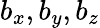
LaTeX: b_{x},b_{y},b_{z}